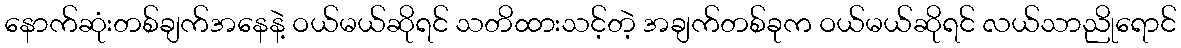
နောက်ဆုံးတစ်ချက်အနေနဲ့ ဝယ်မယ်ဆိုရင် သတိထားသင့်တဲ့ အချက်တစ်ခုက ဝယ်မယ်ဆိုရင် လယ်သာညိုရောင်